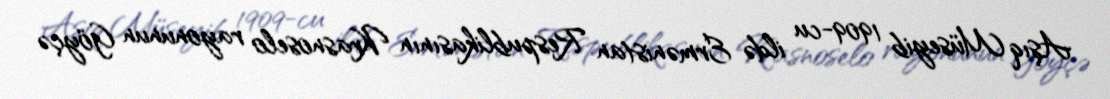
Aşıq Müseyib 1909-cu ildə Ermənistan Respublikasının Krasnoselo rayonunun Göyçə